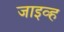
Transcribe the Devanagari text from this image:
जाइव्ह